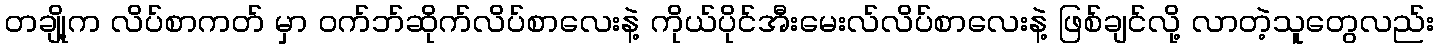
တချို့က လိပ်စာကတ် မှာ ၀က်ဘ်ဆိုက်လိပ်စာလေးနဲ့ ကိုယ်ပိုင်အီးမေးလ်လိပ်စာလေးနဲ့ ဖြစ်ချင်လို့ လာတဲ့သူတွေလည်း